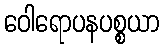
ဝေါရောပနပစ္စယာ